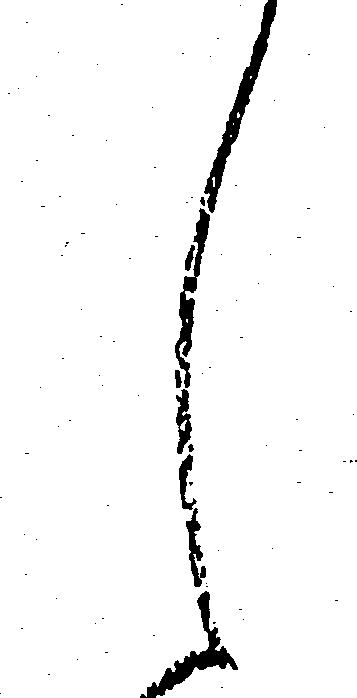
し